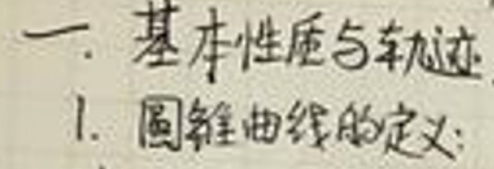
一. 基本性质与轨迹
1. 圆锥曲线的定义：